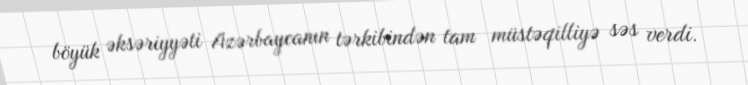
böyük əksəriyyəti Azərbaycanın tərkibindən tam müstəqilliyə səs verdi.